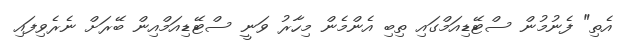
އެތި" ފެނުމުން ސްޓޭޑިއަމްގައި ތިބި އެންމެން މިހާރު ވަނީ ސްޓޭޑިއަމްއިން ބޭރަށް ނެރެވިފައި